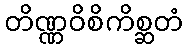
တိဏ္ဏဝိစိကိစ္ဆတံ